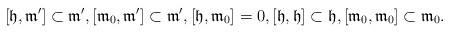
\begin{align*}[\mathfrak{h},\mathfrak{m}' ]\subset\mathfrak{m}',[\mathfrak{m}_0,\mathfrak{m}']\subset\mathfrak{m}',[\mathfrak{h},\mathfrak{m}_0]=0,[\mathfrak{h},\mathfrak{h}]\subset\mathfrak{h},[\mathfrak{m}_0,\mathfrak{m}_0]\subset\mathfrak{m}_0.\end{align*}